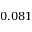
0 . 0 8 1